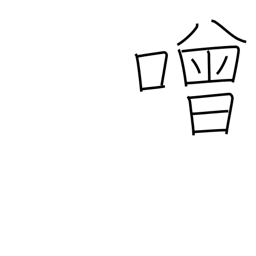
Meaning: boisterous